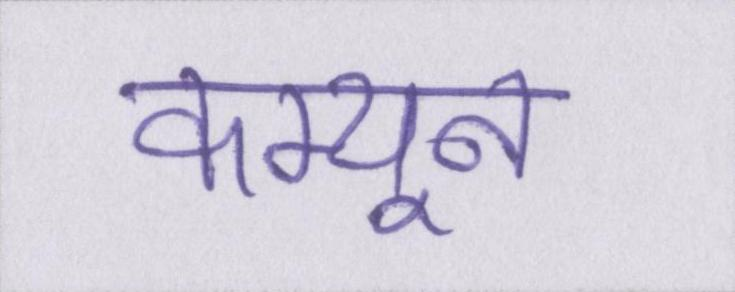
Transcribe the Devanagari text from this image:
कम्यून